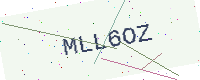
Text: MLL6OZ